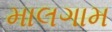
માલગામ